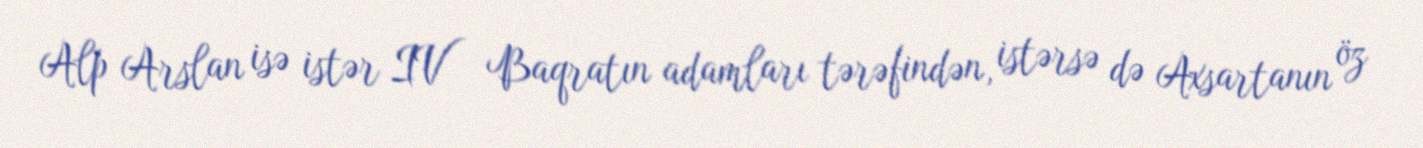
Alp Arslan isə istər IV Baqratın adamları tərəfindən, istərsə də Axsartanın öz